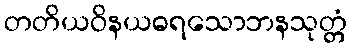
တတိယဝိနယဓရသောဘနသုတ္တံ